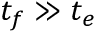
t _ { f } \gg t _ { e }